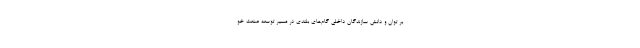
بر توان و دانش سازندگان داخلی گام‌های بلندی در مسیر توسعه صنعت خو